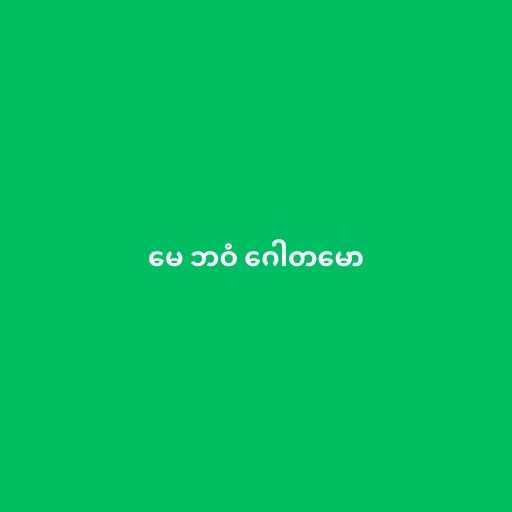
မေ ဘဝံ ဂေါတမော